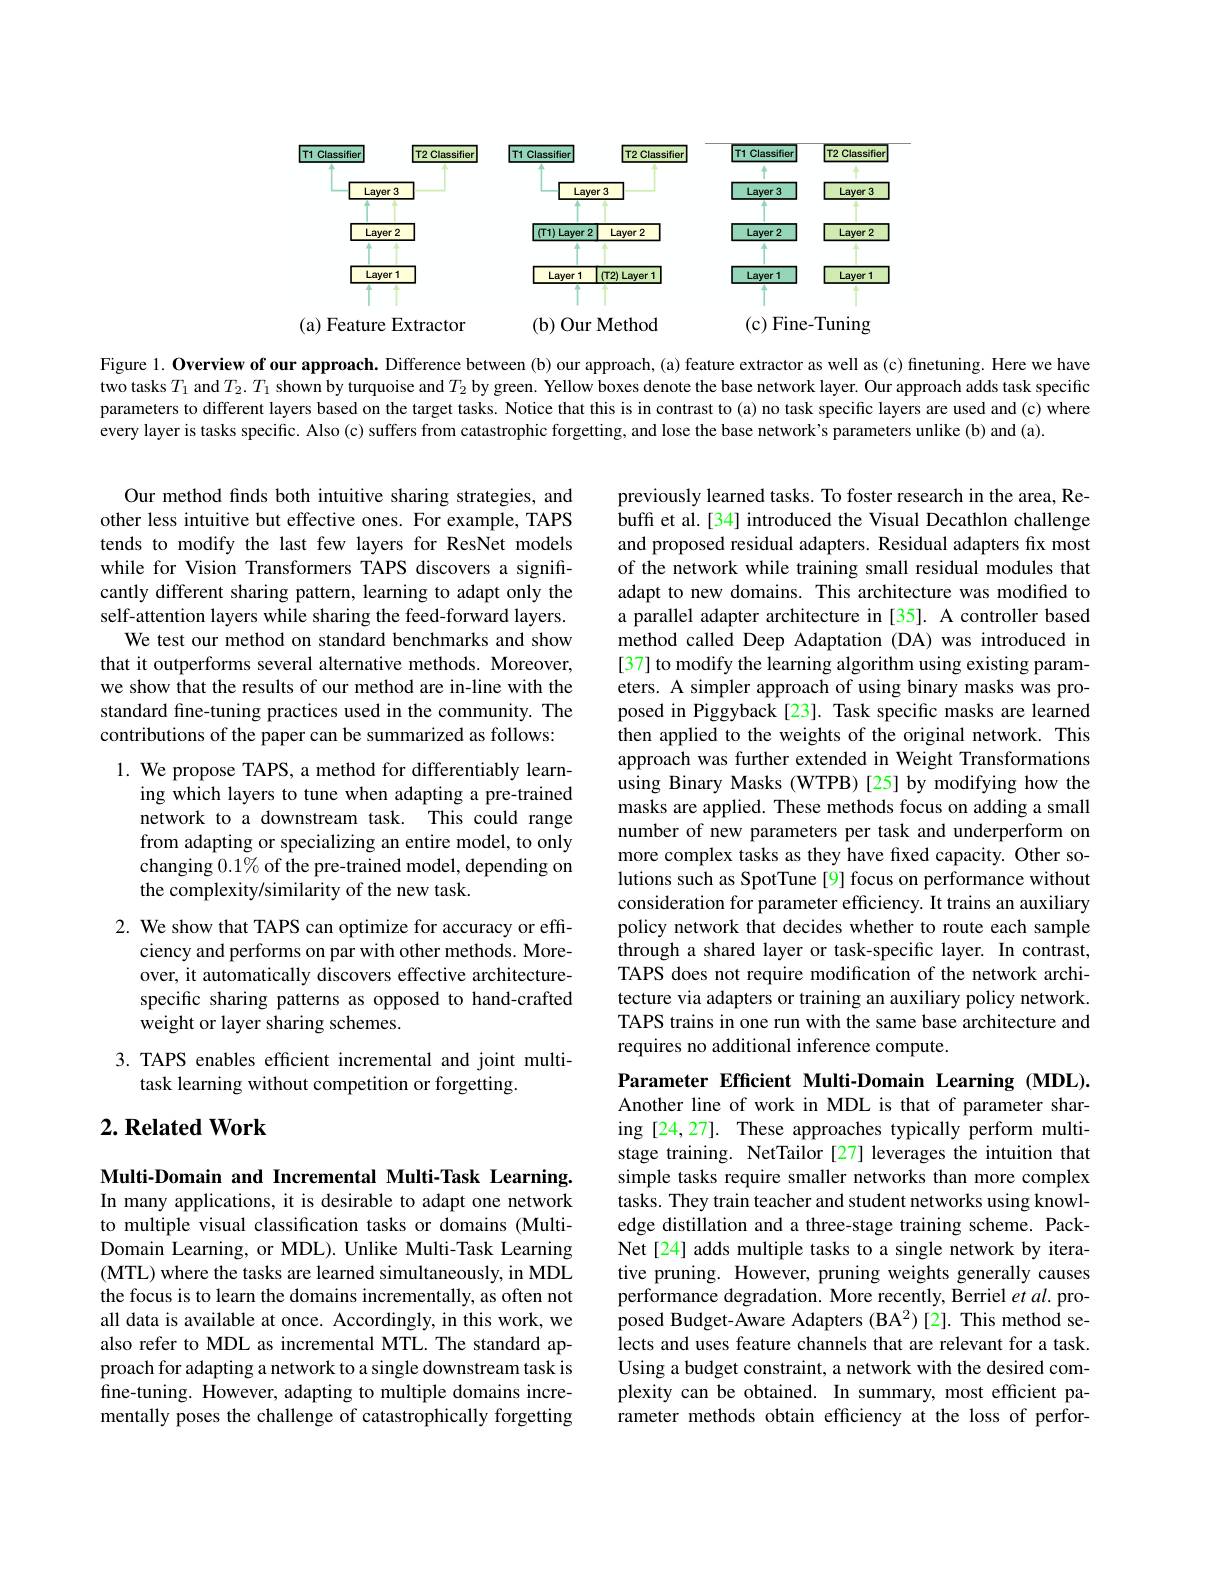
<FigureHere>

Figure 1. Overview of our approach. Difference between (b) our approach, (a) feature extractor as well as (c) finetuning. Here we have two tasks $T_1$ and $T_2.T_1$ shown by turquoise and $T_2$ by green. Yellow boxes denote the base network layer. Our approach adds task specific parameters to different layers based on the target tasks. Notice that this is in contrast to (a) no task specific layers are used and (c) where every layer is tasks specific. Also (c) suffers from catastrophic forgetting, and lose the base network's parameters unlike (b) and (a).

Our method finds both intuitive sharing strategies, and other less intuitive but effective ones. For example, TAPS tends to modify the last few layers for ResNet models while for Vision Transformers TAPS discovers a significantly different sharing pattern, learning to adapt only the self-attention layers while sharing the feed-forward layers.
We test our method on standard benchmarks and show that it outperforms several alternative methods. Moreover, we show that the results of our method are in-line with the standard fine-tuning practices used in the community. The contributions of the paper can be summarized as follows:

previously learned tasks. To foster research in the area, Rebuff et al.[34] introduced the Visual Decathlon challenge and proposed residual adapters. Residual adapters fix most of the network while training small residual modules that adapt to new domains. This architecture was modified to a parallel adapter architecture in [35]. A controller based method called Deep Adaptation (DA) was introduced in [37] to modify the learning algorithm using existing parameters. A simpler approach of using binary masks was proposed in Piggyback [23]. Task specific masks are learned then applied to the weights of the original network. This approach was further extended in Weight Transformations using Binary Masks (WTPB)[25] by modifying how the masks are applied. These methods focus on adding a small number of new parameters per task and underperform on more complex tasks as they have fixed capacity. Other solutions such as SpotTune [9] focus on performance without consideration for parameter efficiency. It trains an auxiliary policy network that decides whether to route each sample through a shared layer or task-specific layer. In contrast, TAPS does not require modification of the network architecture via adapters or training an auxiliary policy network. TAPS trains in one run with the same base architecture and requires no additional inference compute.

1. We propose TAPS, a method for differentiably learn-
ing which layers to tune when adapting a pre-trained network to a downstream task. This could range from adapting or specializing an entire model, to only changing $0.1\%$ of the pre-trained model, depending on the complexity/similarity of the new task.

2. We show that TAPS can optimize for accuracy or eff-
ciency and performs on par with other methods. Moreover, it automatically discovers effective architecturespecific sharing patterns as opposed to hand-crafted weight or layer sharing schemes.

3. TAPS enables efficient incremental and joint multi-
task learning without competition or forgetting.

Parameter Effcient Multi-Domain Learning (MDL).

## $2. \textbf{ Related Work}$

Multi-Domain and Incremental Multi-Task Learning

Another line of work in MDL is that of parameter sharing [24,27]. These approaches typically perform multistage training. NetTailor [27] leverages the intuition that simple tasks require smaller networks than more complex tasks. They train teacher and student networks using knowledge distillation and a three-stage training scheme. PackNet[24] adds multiple tasks to a single network by iterative pruning. However, pruning weights generally causes performance degradation. More recently, Berriel $et\textit{al. pro- }$ posed Budget-Aware Adapters (BA$^2)[2].$ This method selects and uses feature channels that are relevant for a task. Using a budget constraint, a network with the desired complexity can be obtained. In summary, most efficient parameter methods obtain efficiency at the loss of perfor-

In many applications, it is desirable to adapt one network to multiple visual classification tasks or domains (MultiDomain Learning, or MDL). Unlike Multi-Task Learning (MTL) where the tasks are learned simultaneously, in MDL the focus is to learn the domains incrementally, as often not all data is available at once. Accordingly, in this work, we also refer to MDL as incremental MTL. The standard approach for adapting a network to a single downstream task is fine-tuning. However, adapting to multiple domains incrementally poses the challenge of catastrophically forgetting